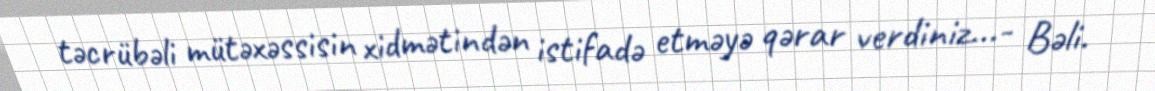
təcrübəli mütəxəssisin xidmətindən istifadə etməyə qərar verdiniz...- Bəli.